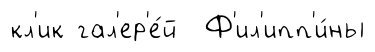
кл'ик гал'ер'е́й Ф'ил'ипп'и́ны